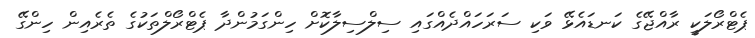
ޕެޓްރޯލަކީ ރާއްޖޭގެ ކަނޑައެޅޭ ވަކި ސަރަހައްދެއްގައި ސިލްސިލާކޮށް ހިންގަމުންދާ ޕެޓްރޯލްތަކުގެ ތެރެއިން ހިންގޭ